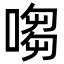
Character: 㗙